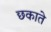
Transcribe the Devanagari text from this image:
छकाते